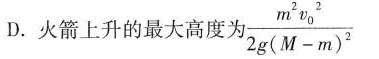
D.火箭上升的最大高度为$$\frac{m^{2}v_{0}^{2}}{2g(M-m)^{2}}$$